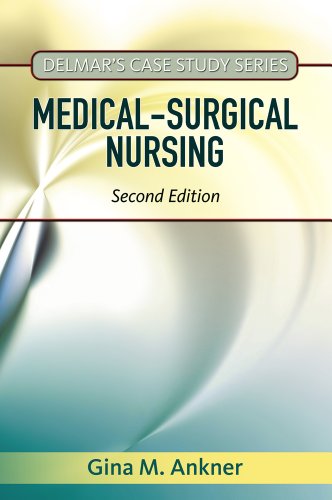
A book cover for Delmar's Case Study Series: Medical-Surgical Nursing; Gina M Ankner; Medical Books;